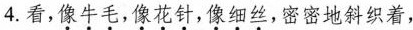
4.看,\underset{·}{像}\underset{·}{牛}\underset{·}{毛},\underset{·}{像}\underset{·}{花}\underset{·}{针},\underset{·}{像}\underset{·}{细}\underset{·}{丝},密密地斜织着，